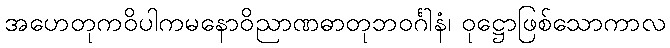
အဟေတုကဝိပါကမနောဝိညာဏဓာတုဘဝင်္ဂါနံ၊ ဝုဋ္ဌောဖြစ်သောကာလ